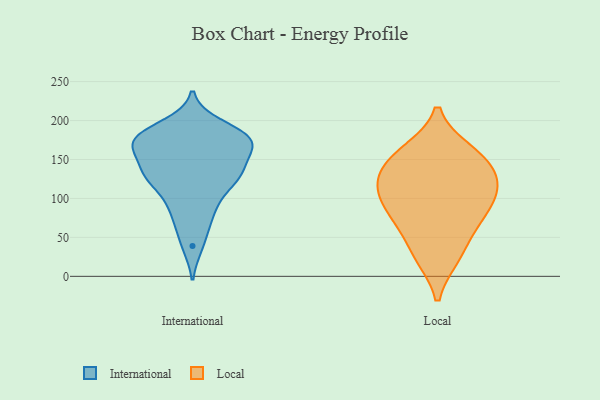
{"axis": {"x": "Temperature (°C)", "y": "Value"}, "legend": ["International", "Local"], "data": [{"x": "", "y": 168, "type": "International"}, {"x": "", "y": 194, "type": "International"}, {"x": "", "y": 95, "type": "International"}, {"x": "", "y": 124, "type": "International"}, {"x": "", "y": 39, "type": "International"}, {"x": "", "y": 173, "type": "International"}, {"x": "", "y": 180, "type": "International"}, {"x": "", "y": 181, "type": "International"}, {"x": "", "y": 66, "type": "International"}, {"x": "", "y": 175, "type": "International"}, {"x": "", "y": 86, "type": "International"}, {"x": "", "y": 171, "type": "International"}, {"x": "", "y": 142, "type": "International"}, {"x": "", "y": 170, "type": "International"}, {"x": "", "y": 126, "type": "International"}, {"x": "", "y": 131, "type": "International"}, {"x": "", "y": 141, "type": "International"}, {"x": "", "y": 125, "type": "International"}, {"x": "", "y": 151, "type": "Local"}, {"x": "", "y": 25, "type": "Local"}, {"x": "", "y": 159, "type": "Local"}, {"x": "", "y": 26, "type": "Local"}, {"x": "", "y": 126, "type": "Local"}, {"x": "", "y": 105, "type": "Local"}, {"x": "", "y": 102, "type": "Local"}, {"x": "", "y": 65, "type": "Local"}, {"x": "", "y": 79, "type": "Local"}, {"x": "", "y": 69, "type": "Local"}, {"x": "", "y": 136, "type": "Local"}, {"x": "", "y": 104, "type": "Local"}, {"x": "", "y": 123, "type": "Local"}, {"x": "", "y": 161, "type": "Local"}]}